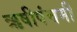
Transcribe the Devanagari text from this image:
ऋषीपंचमी